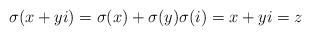
LaTeX: \begin{align*}\sigma(x+yi) = \sigma(x)+\sigma(y) \sigma(i) = x+yi = z \end{align*}